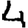
Digit: 4